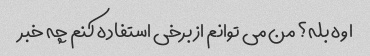
اوه بله؟ من می توانم از برخی استفاده کنم چه خبر